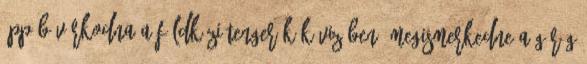
épp búvárkodna a Földközi-tenger kék vizében? Megismerkedne a görög